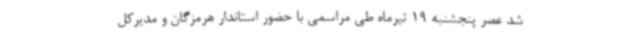
شد عصر پنجشنبه 19 تیرماه طی مراسمی با حضور استاندار هرمزگان و مدیرکل